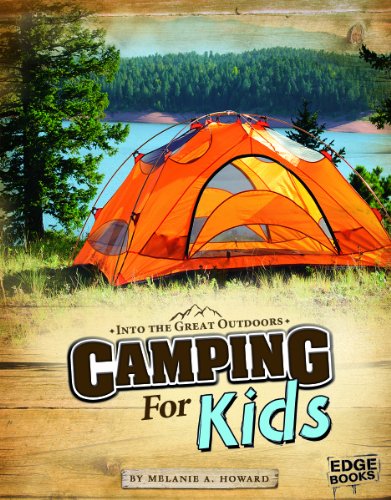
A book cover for Camping for Kids (Into the Great Outdoors); Melanie A. Howard; Children's Books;